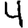
Digit: 4